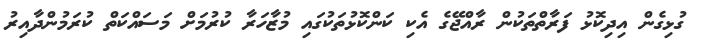
ގުޅިގެން އިދިކޮޅު ފަރާތްތަކުން ރާއްޖޭގެ އެކި ކަންކޮޅުތަކުގައި މުޒާހަރާ ކުރުމަށް މަސައްކަތް ކުރަމުންދާއިރު